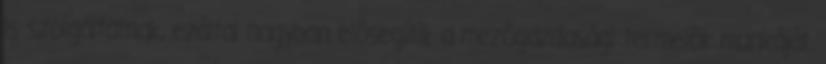
is szolgáltatnak, ezáltal nagyban elõsegítik a mezõgazdasági termelõk munkáját.